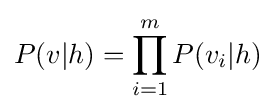
P(v|h)=\prod _{i=1}^{m}P(v_{i}|h)